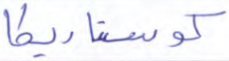
كوستاريكا